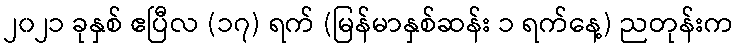
၂၀၂၁ ခုနှစ် ဧပြီလ (၁၇) ရက် (မြန်မာနှစ်ဆန်း ၁ ရက်နေ့) ညတုန်းက